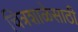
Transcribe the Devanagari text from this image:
चित्रशाळेसाठी